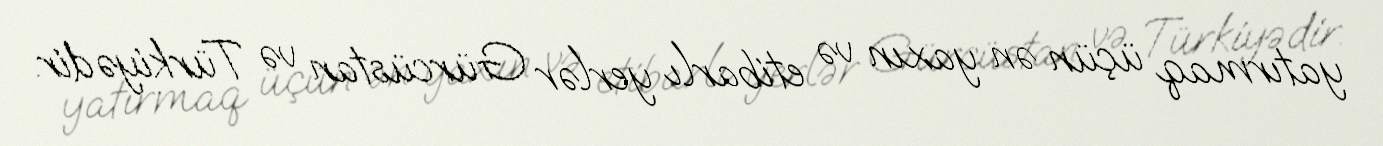
yatırmaq üçün ən yaxın və etibarlı yerlər Gürcüstan və Türkiyədir.